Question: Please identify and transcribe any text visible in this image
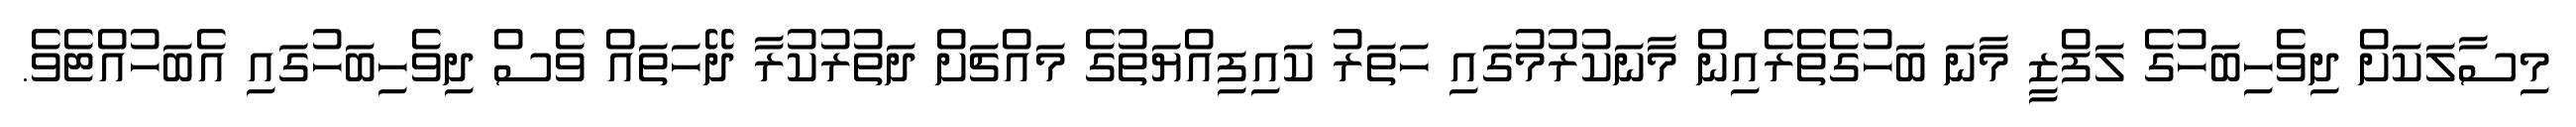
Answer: މިސާލަކަށް ދިވެހިބަހުގެ ލަފްޒީ މާނަ ބަހުގެތެރެއިން މާނަކުރުމުގައި ހަތަރު ކައިފިއްޔަތުގެ މައްޗަށް ދަތުރުކުރާ ދޭހަތައް ވެސް ދިވެހިބަހުގައި އެބަހުއްޓެވެ.